Papers set at the Examination for Leaving Certificates, 1895
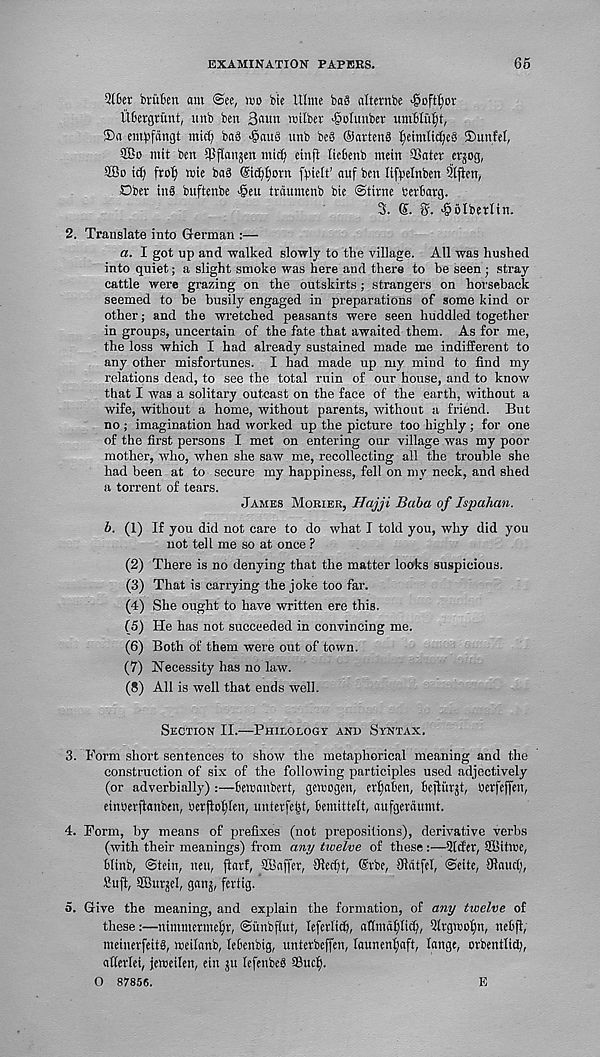
EXAMINATION PAPERS.
65
2l6er bruBen am ©ee, mo bie Ulme ba§ alternbe ■©oft^or
Ubergrunt, iinb ben Baitn milber ■©olunber um6Iub)t,
®a em^fdngt mict) bad >§aug unb bcS OartenS ^eimltc()c8 SSunfet,
$Go mit ben 5pP“i>sen midj einfi licbenb mein SSater erjog,
9Bo ict) fro| mie ba8 ©cfjfmrn fvielt’ auf ben lif^elnben Sltfien,
Dbet tnS buftenbe >§en trdmnenb bie ©time bertarg.
3. (?. 5. ^olberlin.
2. Translate into German :—
a. I got up and walked slowly to the village. All was hushed
into quiet; a slight smoke was here and there to he seen ; stray
cattle were grazing on the outskirts; strangers on horseback
seemed to be busily engaged in preparations of some kind or
other; and the wretched peasants were seen huddled together
in groups, uncertain of the fate that awaited them. As for me,
the loss which I had already sustained made me indifferent to
any other misfortunes. I had made up my mind to find my
relations dead, to see the total ruin of our house, and to know
that I was a solitary outcast on the face of the earth, without a
wife, without a home, without parents, without a friend. But
no; imagination had worked up the picture too highly; for one
of the first persons I met on entering our village was my poor
mother, who, when she saw me, recollecting all the trouble she
had been at to secure my happiness, fell on my neck, and shed
a torrent of tears.
James Morier, Hajji Baba of Ispahan.
b. (1) If you did not care to do what I told you, why did you
not tell me so at once ?
(2) There is no denying that the matter looks suspicious.
(3) That is carrying the joke too far.
(4) She ought to have written ere this.
(5) He has not succeeded in convincing me.
(6) Both of them were out of town.
(7) Necessity has no law.
(8) All is well that ends well.
Section II.—Philology and Syntax.
3. Form short sentences to show the metaphorical meaning and the
construction of six of the following participles used adjectively
(or adverbially):—beiranbert, gemogen, etljaben, bejlutjt, berfeffen,
eumevftanben, serjioljlen, unterfejjt, Bemtttelt, aufgeraumt.
4. Form, by means of prefixes (not prepositions), derivative verbs
(with their meanings) from any twelve of these :—2lder, SKittre,
Minb, @tein, nett, jiatf, SBnffer, Jlerijt, dtbe, Sftritfel, <Seite, SftaitcT;,
Suft SBurgel, ganj, fertig.
5. Give the meaning, and explain the formation, of any twelve of
these;—ntmtttctme()r, ©unbftut, leferlitfi, afimaftficf;, %gtw>$n, nebfi,
meinerfettg, tnetlanb, le&enbtg, unterbeffen, launenfyaft, lattge, orbentlid/,
afietlet, jewetlen, eitt jtt lefenbeb Sttcf).
0 87856.
E